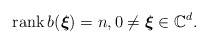
\begin{align*}\textnormal{rank}\,b(\boldsymbol{\xi})=n,0\neq \boldsymbol{\xi}\in\mathbb{C}^d.\end{align*}